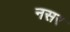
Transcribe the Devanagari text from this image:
नसर